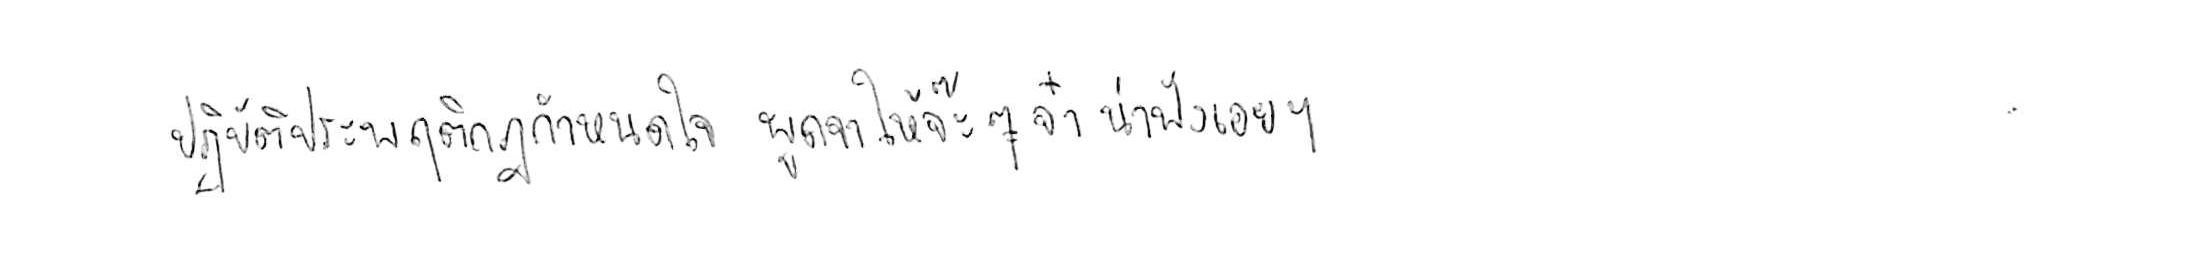
ปฏิบัติประพฤติกฎกำหนดใจ พูดจาให้จ๊ะๆ จ๋า น่าฟังเอยฯ